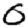
Digit: 0